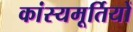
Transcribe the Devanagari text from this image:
कांस्यमूर्तियों